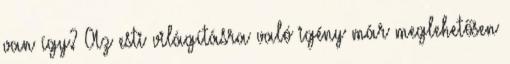
van így? Az esti világításra való igény már meglehetősen